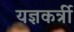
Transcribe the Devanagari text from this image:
यज्ञकर्त्री